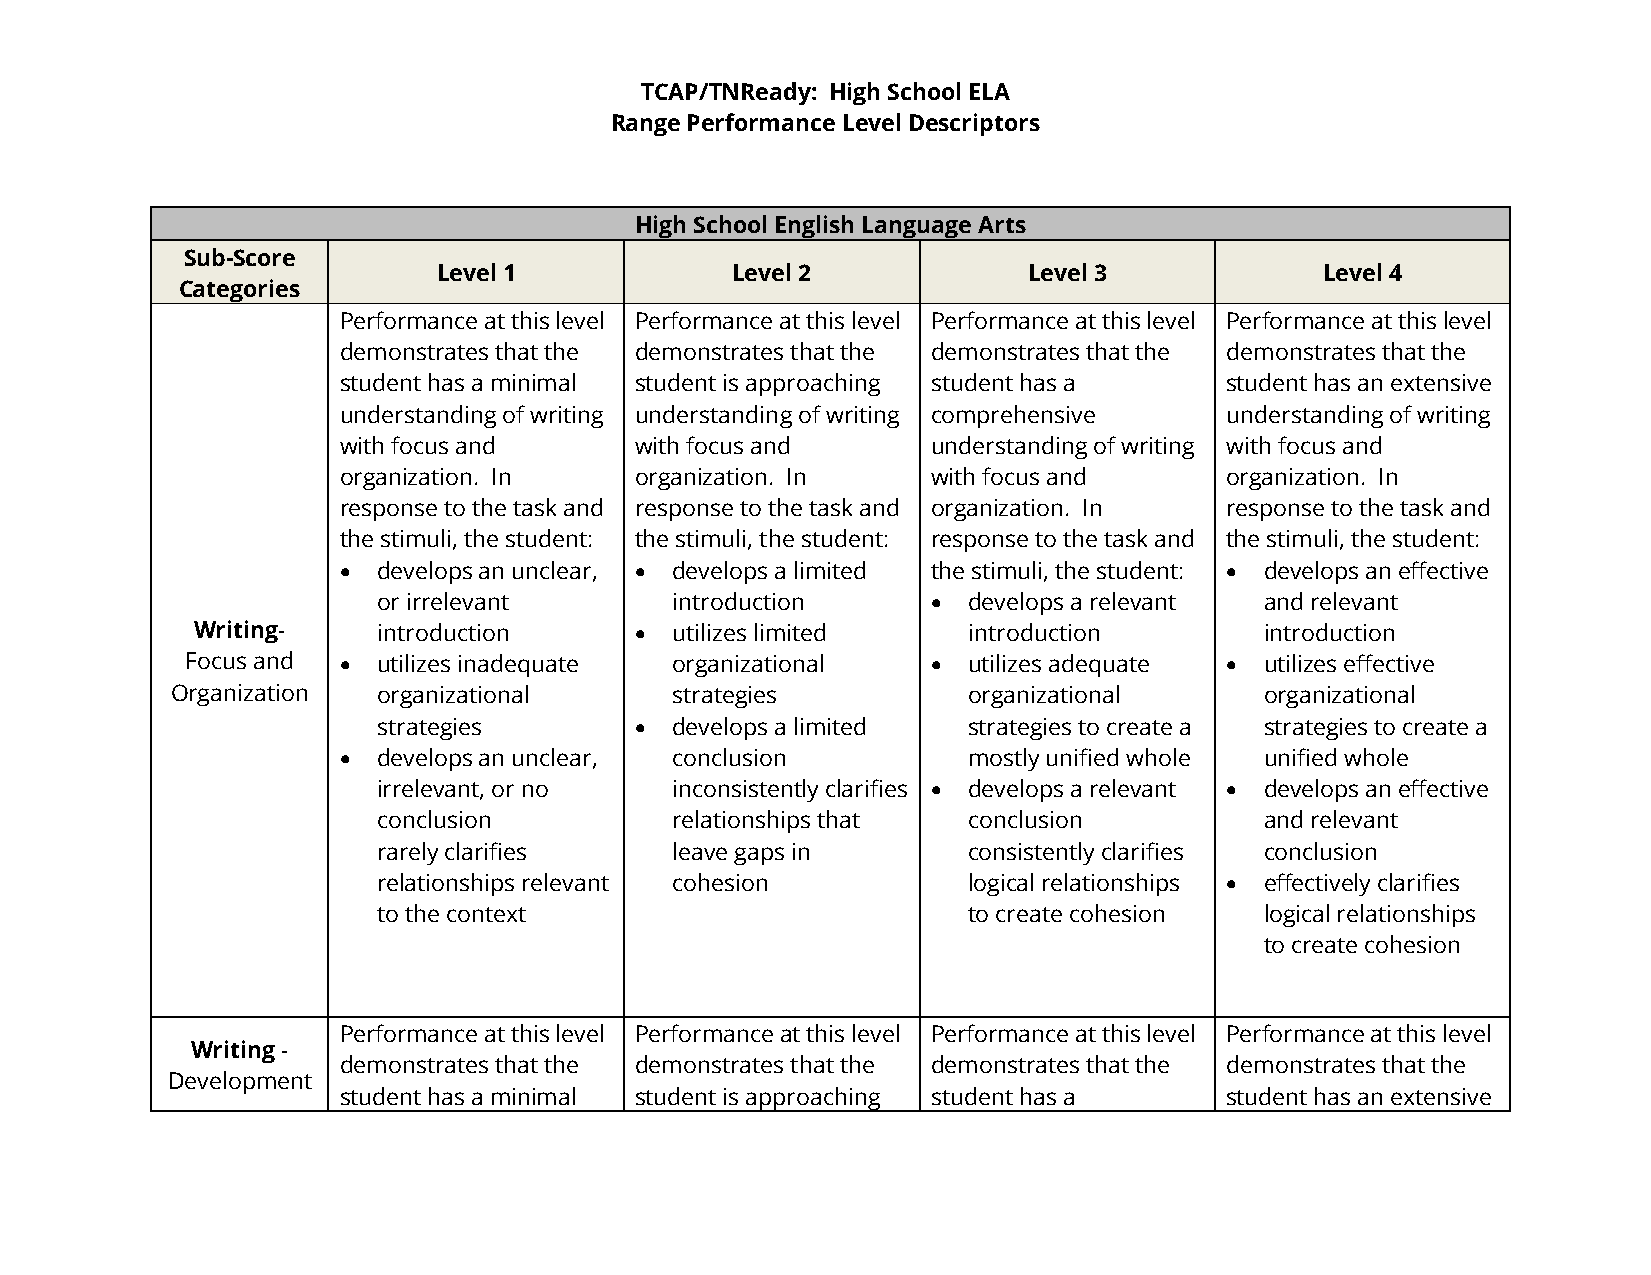
TCAP/TNReady: High School ELA
 Range Performance Level Descriptors
 High School English Language Arts
 Sub-Score
 Level 1            Level 2             Level 3             Level 4
 Categories
 Performance at this level Performance at this level Performance at this level Performance at this level
 demonstrates that the demonstrates that the demonstrates that the demonstrates that the
 student has a minimal student is approaching student has a student has an extensive
 understanding of writing understanding of writing comprehensive understanding of writing
 with focus and      with focus and      understanding of writing with focus and
 organization. In    organization. In    with focus and     organization. In
 response to the task and response to the task and organization. In response to the task and
 the stimuli, the student: the stimuli, the student: response to the task and the stimuli, the student:
 •  develops an unclear, • develops a limited the stimuli, the student: • develops an effective
 or irrelevant      introduction      • develops a relevant and relevant
 Writing-    introduction     • utilizes limited    introduction        introduction
 Focus and •  utilizes inadequate organizational   • utilizes adequate • utilizes effective
 Organization  organizational     strategies          organizational      organizational
 strategies       • develops a limited  strategies to create a strategies to create a
 •  develops an unclear, conclusion        mostly unified whole unified whole
 irrelevant, or no  inconsistently clarifies • develops a relevant • develops an effective
 conclusion         relationships that  conclusion          and relevant
 rarely clarifies   leave gaps in       consistently clarifies conclusion
 relationships relevant cohesion        logical relationships • effectively clarifies
 to the context                         to create cohesion  logical relationships
 to create cohesion
 Performance at this level Performance at this level Performance at this level Performance at this level
 Writing -
 demonstrates that the demonstrates that the demonstrates that the demonstrates that the
 Development
 student has a minimal student is approaching student has a student has an extensive